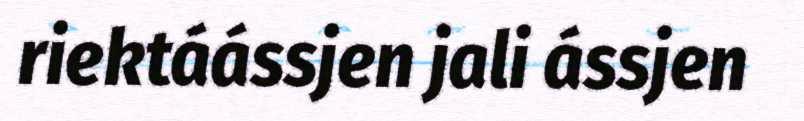
riektáássjen jali ássjen